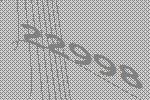
22998